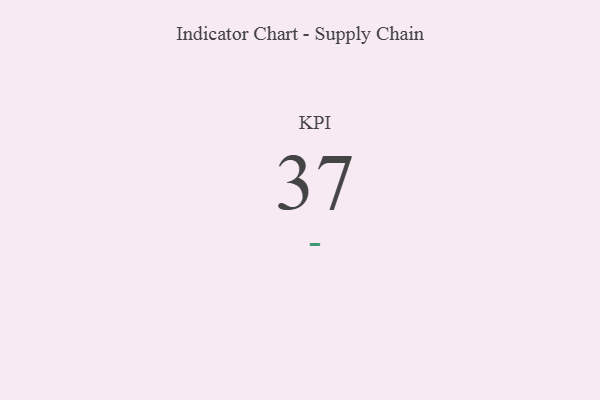
{"axis": {"x": "KPI", "y": "Value"}, "legend": [""], "data": [{"x": "KPI", "y": 37, "type": ""}]}